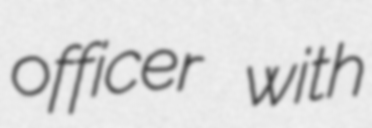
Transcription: officer with